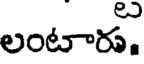
లంటారు.